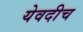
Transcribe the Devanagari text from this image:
येवदीच